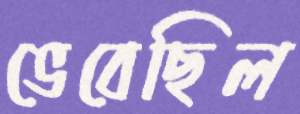
ভেবেছিল